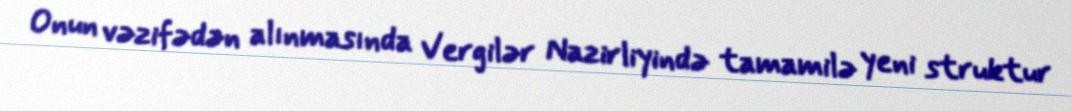
Onun vəzifədən alınmasında Vergilər Nazirliyində tamamilə yeni struktur